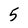
Character: 5